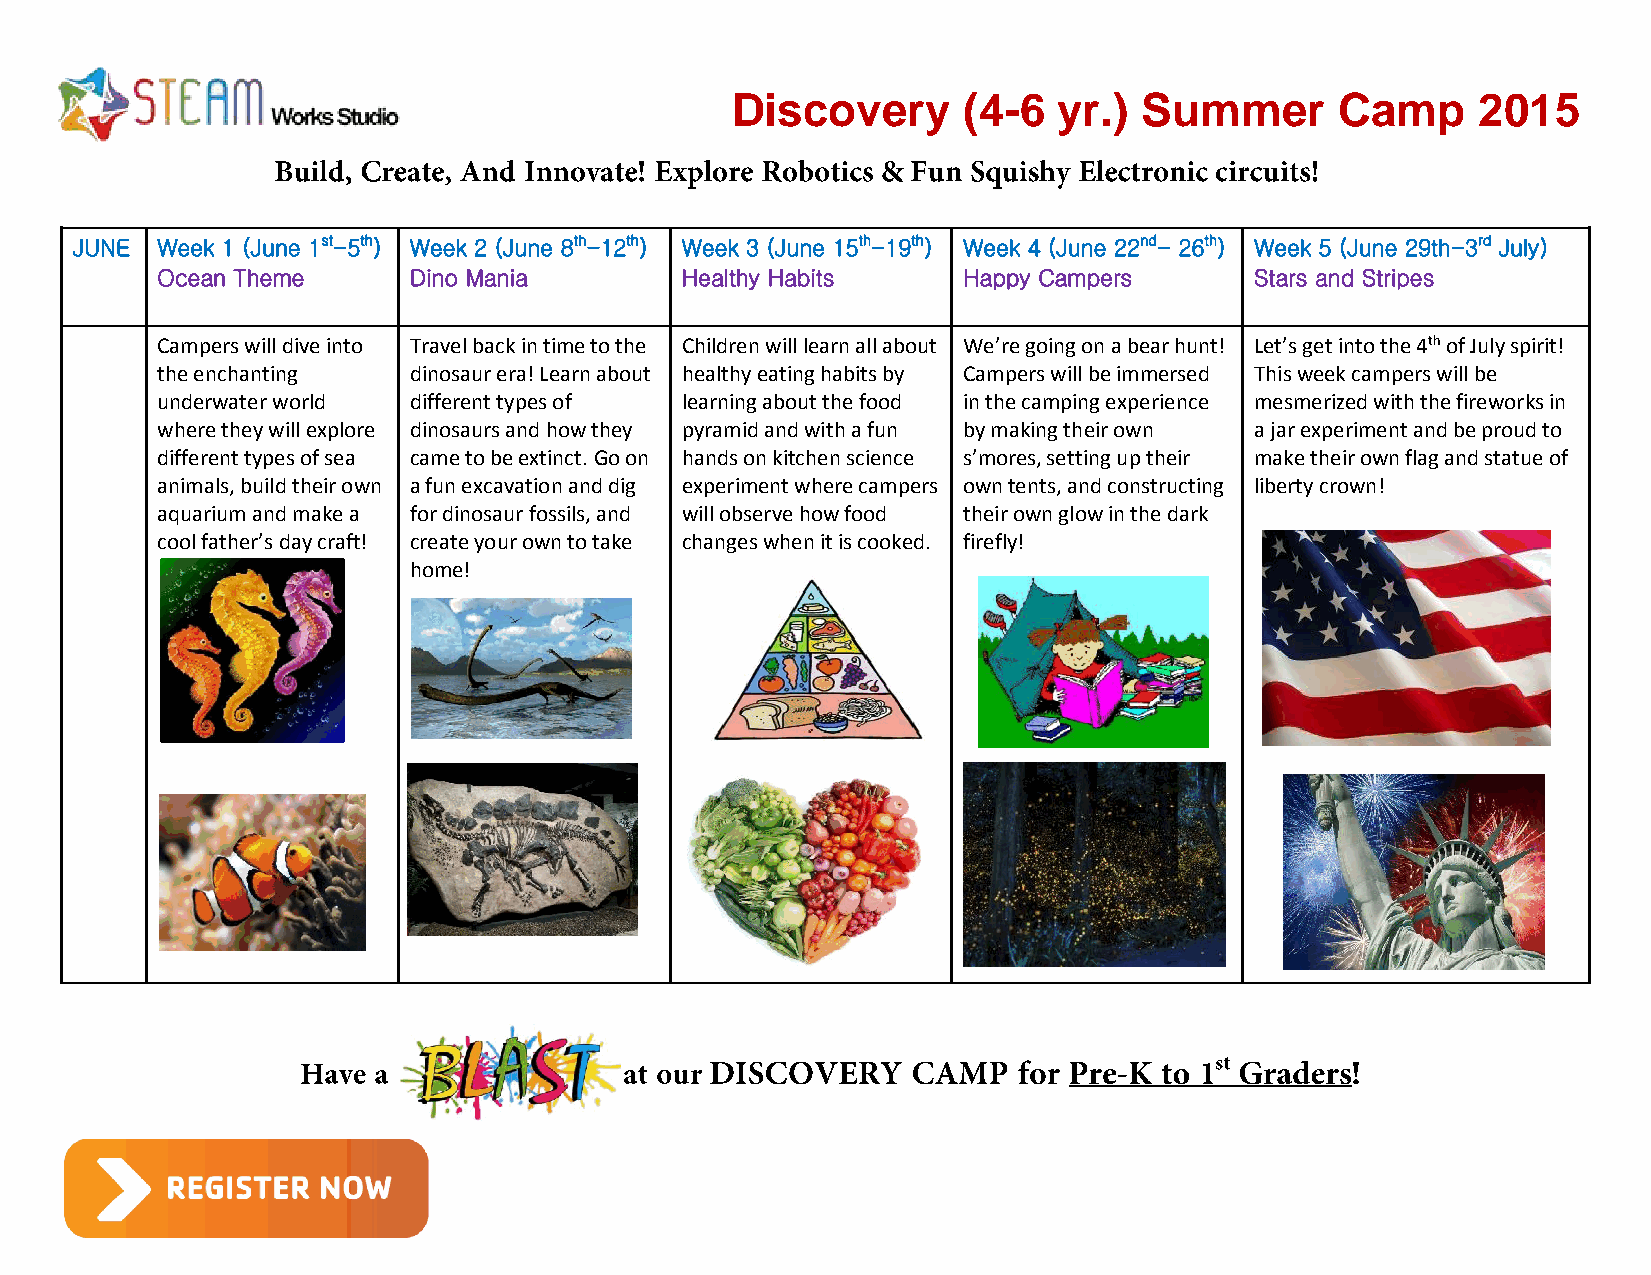
Discovery       (4-6  yr.)  Summer       Camp     2015
 JUNE Week 1 (June 1st-5th) Week 2 (June 8th-12th) Week 3 (June 15th-19th) Week 4 (June 22nd- 26th) Week 5 (June 29th-3rd July)
 Ocean Theme      Dino Mania        Healthy Habits     Happy Campers      Stars and Stripes
 Campers will dive into Travel back in time to the Children will learn all about We’re going on a bear hunt! Let’s get into the 4th of July spirit!
 the enchanting   dinosaur era! Learn about healthy eating habits by Campers will be immersed This week campers will be
 underwater world different types of learning about the food in the camping experience mesmerized with the fireworks in
 where they will explore dinosaurs and how they pyramid and with a fun by making their own a jar experiment and be proud to
 different types of sea came to be extinct. Go on hands on kitchen science s’mores, setting up their make their own flag and statue of
 animals, build their own a fun excavation and dig experiment where campers own tents, and constructing liberty crown!
 aquarium and make a for dinosaur fossils, and will observe how food their own glow in the dark
 cool father’s day craft! create your own to take changes when it is cooked. firefly!
 home!